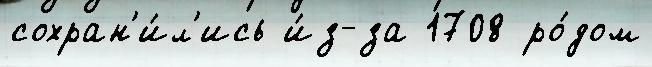
сохран'и́л'ись и́з-за 1708 ро́дом